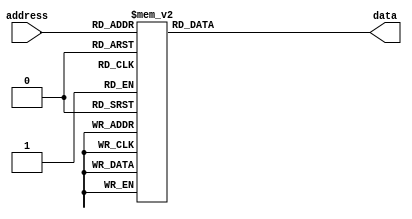
module sinewave_rom_do (
    input [4:0] address,
    output reg [3:0] data
);

    always @ (address) begin
        case (address)
            5'h0: data = 4'h8;
            5'h1: data = 4'h9;
            5'h2: data = 4'hA;
            5'h3: data = 4'hC;
            5'h4: data = 4'hD;
            5'h5: data = 4'hE;
            5'h6: data = 4'hE;
            5'h7: data = 4'hF;
            5'h8: data = 4'hF;
            5'h9: data = 4'hF;
            5'ha: data = 4'hE;
            5'hb: data = 4'hE;
            5'hc: data = 4'hD;
            5'hd: data = 4'hC;
            5'he: data = 4'hA;
            5'hf: data = 4'h9;
            5'h10: data = 4'h7;
            5'h11: data = 4'h6;
            5'h12: data = 4'h5;
            5'h13: data = 4'h3;
            5'h14: data = 4'h2;
            5'h15: data = 4'h1;
            5'h16: data = 4'h1;
            5'h17: data = 4'h0;
            5'h18: data = 4'h0;
            5'h19: data = 4'h0;
            5'h1a: data = 4'h1;
            5'h1b: data = 4'h1;
            5'h1c: data = 4'h2;
            5'h1d: data = 4'h3;
            5'h1e: data = 4'h5;
            5'h1f: data = 4'h6;
            default: data = 4'hX;
        endcase
    end
   
endmodule